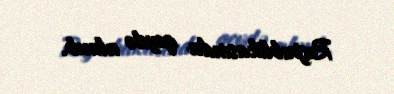
Respublikasında qeydə alınıb.